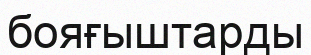
бояғыштарды